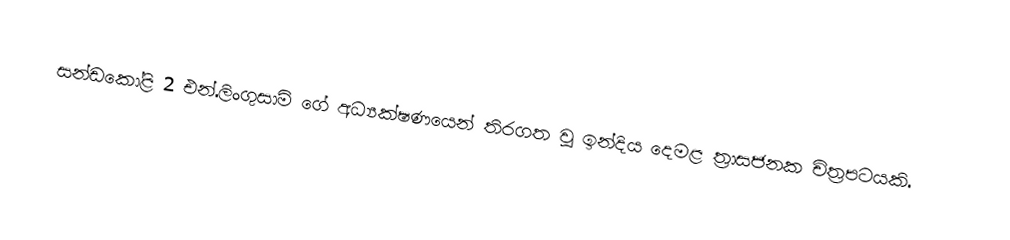
සන්ඩකෝළි 2 එන්.ලිංගුසාමි ගේ අධ්‍යක්ෂණයෙන් තිරගත වූ ඉන්දිය දෙමළ ත්‍රාසජනක චිත්‍රපටයකි.